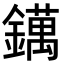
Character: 𨭬